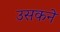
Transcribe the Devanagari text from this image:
उसकने